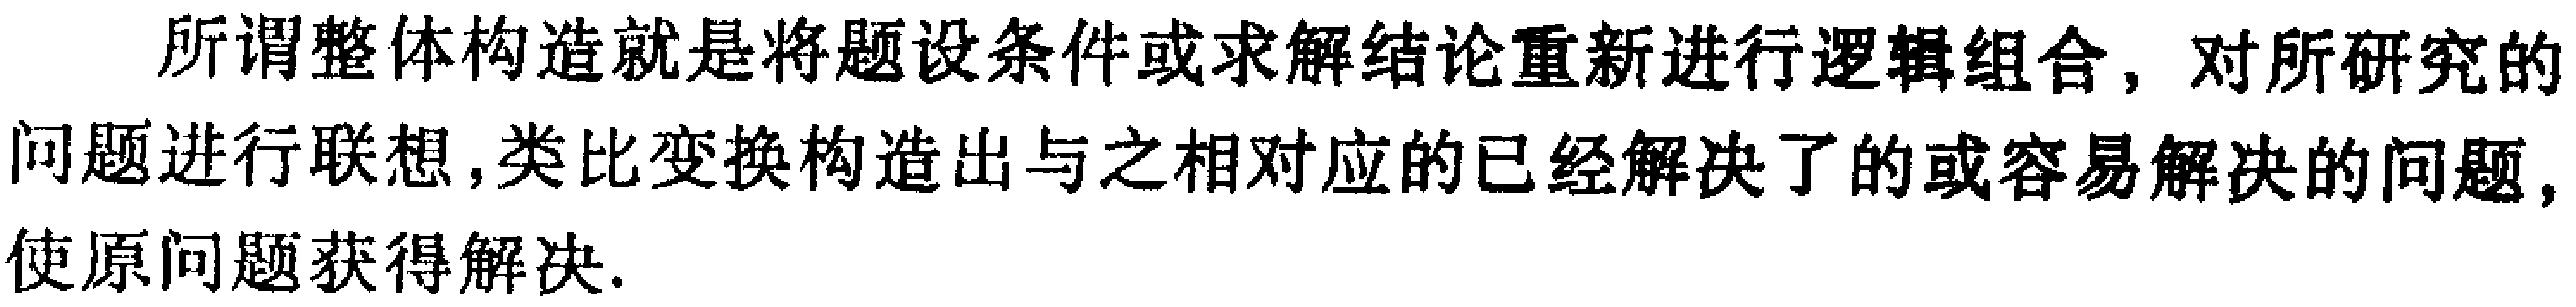
所谓整体构造就是将题设条件或求解结论重新进行逻辑组合，对所研究的问题进行联想，类比变换构造出与之相对应的已经解决了的或容易解决的问题，使原问题获得解决.